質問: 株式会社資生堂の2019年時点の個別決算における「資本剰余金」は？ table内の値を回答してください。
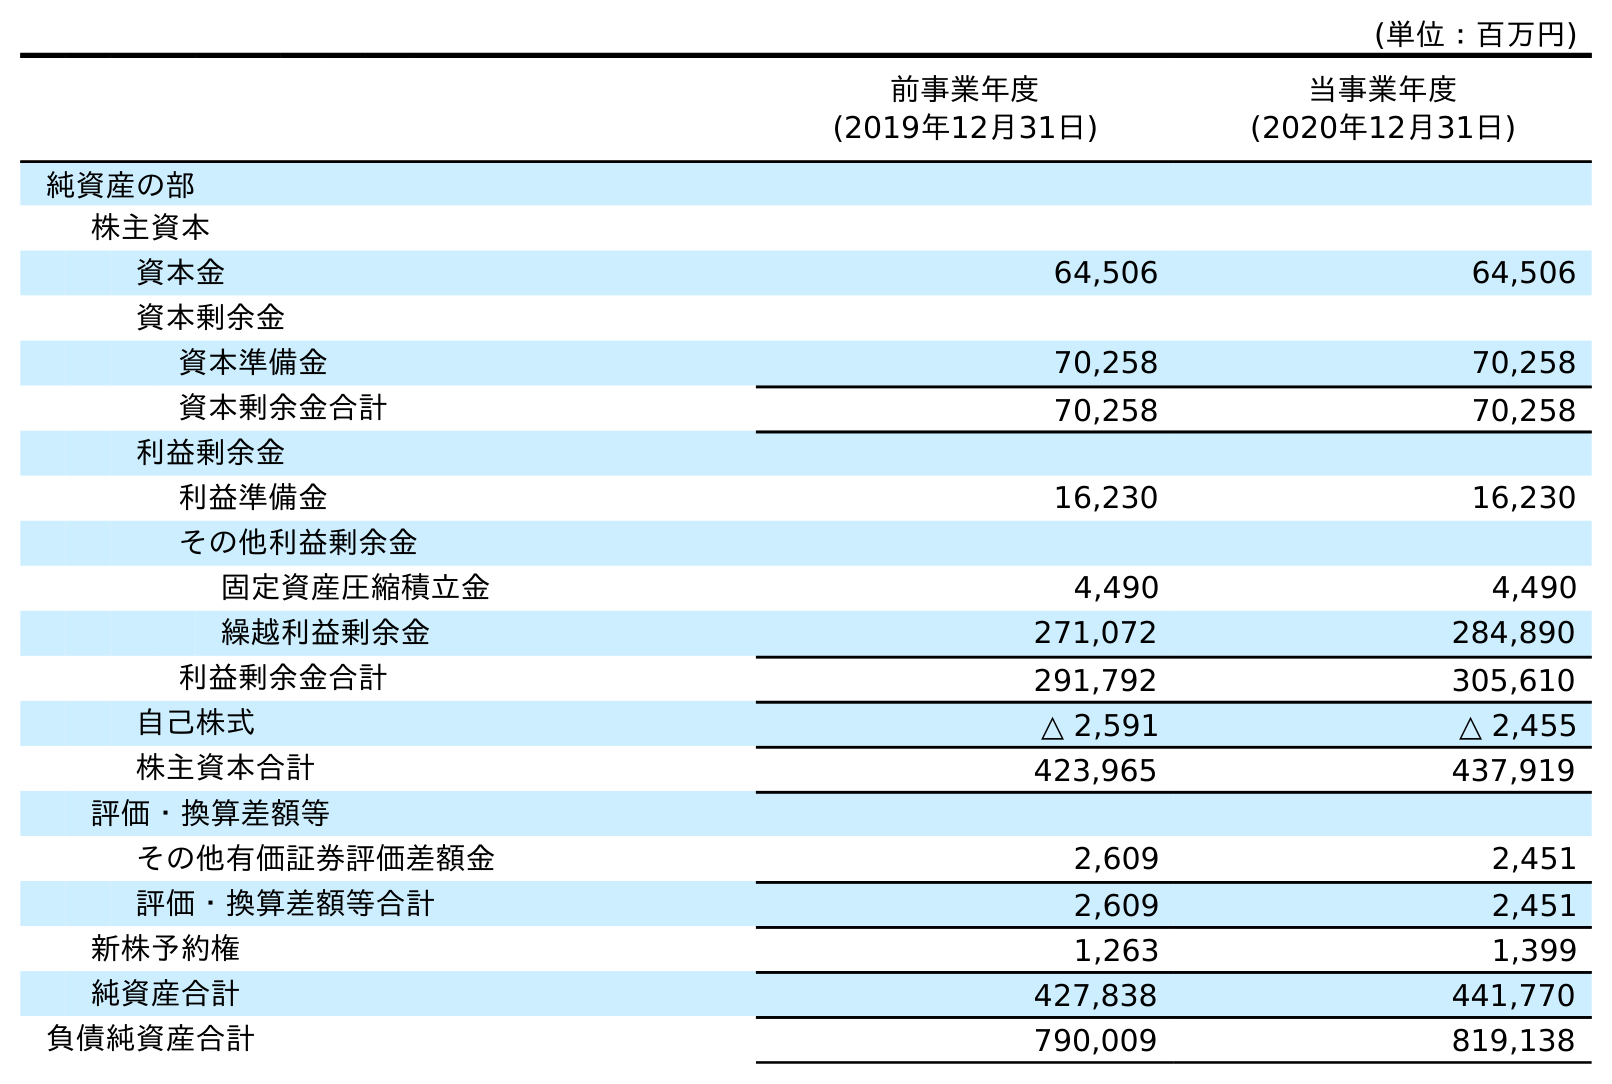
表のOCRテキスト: (単位：百万円) 前事業年度 (2019年12月31日) 当事業年度 (2020年12月31日) 純資産の部 株主資本 資本金 64,506 64,506 資本剰余金 資本準備金 70,258 70,258 資本剰余金合計 70,258 70,258 利益剰余金 利益準備金 16,230 16,230 その他利益剰余金 固定資産圧縮積立金 4,490 4,490 繰越利益剰余金 271,072 284,890 利益剰余金合計 291,792 305,610 自己株式 △ 2,591 △ 2,455 株主資本合計 423,965 437,919 評価・換算差額等 その他有価証券評価差額金 2,609 2,451 評価・換算差額等合計 2,609 2,451 新株予約権 1,263 1,399 純資産合計 427,838 441,770 負債純資産合計 790,009 819,138
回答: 70,258